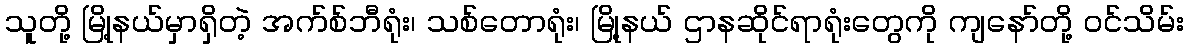
သူတို့ မြို့နယ်မှာရှိတဲ့ အက်စ်ဘီရုံး၊ သစ်တောရုံး၊ မြို့နယ် ဌာနဆိုင်ရာရုံးတွေကို ကျနော်တို့ ဝင်သိမ်း